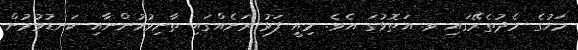
މަހުގެ މެދުތެރޭގައި ވ. އަތޮޅުގަ އެވެ. މިއީ ފަޅު ރަށެއްގައި ތާށިވުމުންނާއި ކަނޑުވުމުން